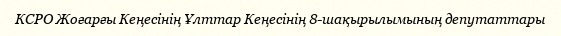
КСРО Жоғарғы Кеңесінің Ұлттар Кеңесінің 8-шақырылымының депутаттары